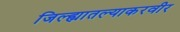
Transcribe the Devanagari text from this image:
जिल्ह्यातल्याकरवीर